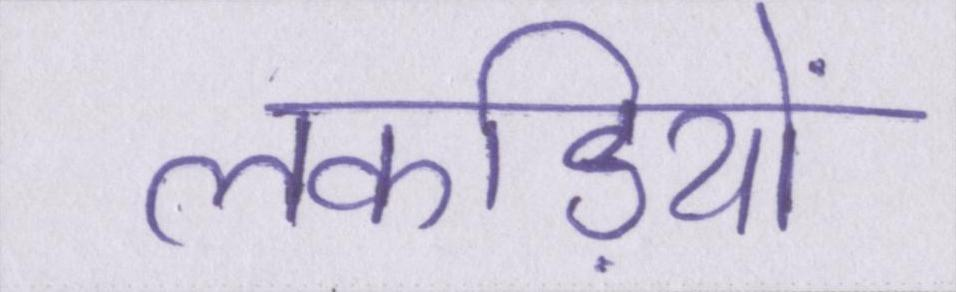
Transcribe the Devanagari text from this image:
लकड़ियों